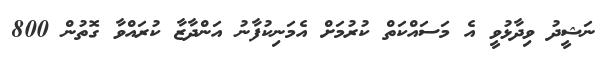
ނަޝީދު ވިދާޅުވީ އެ މަސައްކަތް ކުރުމަށް އެމަނިކުފާނު އަންދާޒާ ކުރައްވާ ގޮތުން 800